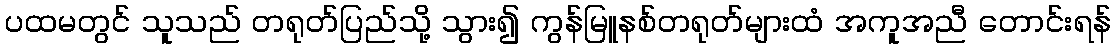
ပထမတွင် သူသည် တရုတ်ပြည်သို့ သွား၍ ကွန်မြူနစ်တရုတ်များထံ အကူအညီ တောင်းရန်